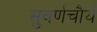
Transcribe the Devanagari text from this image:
सुवर्णचौर्य